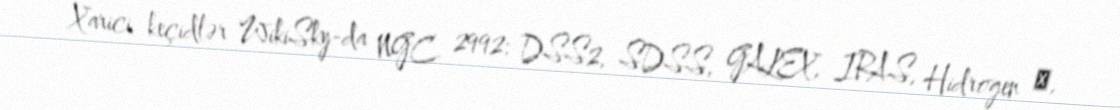
Xarici keçidlər WikiSky-da NGC 2992: DSS2, SDSS, GALEX, IRAS, Hidrogen α,